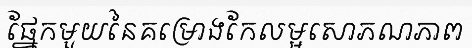
ផ្នែកមួយនៃគម្រោងកែលម្អសោភណភាព